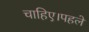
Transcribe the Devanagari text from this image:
चाहिए।पहले